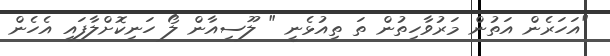
"އަހަރެން އަތުން މަރުވާހިތުން ތަ ތިއުޅެނީ " ލޫސިއާން ލޯ ހަނިކޮށްލާފައި އެހެން